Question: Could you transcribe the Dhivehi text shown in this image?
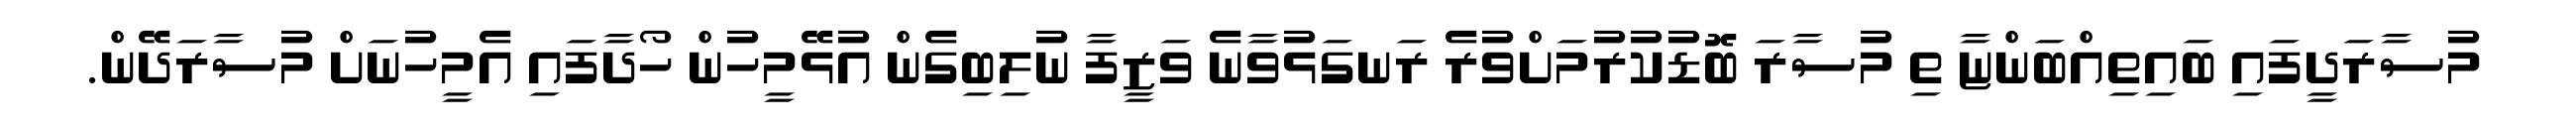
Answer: މުސާރަދީފައި ބައިތިއްބަންޏާ ތި މުސާރަ ބޮޑުކުރުމަށްވުރެ ރަނގަޅުވާނެ ވަޒީފާ ނުލިބިގެން އުޅޭމީހުން ހޯދާފައި އެމީހުނަށް މުސާރަދޭން.